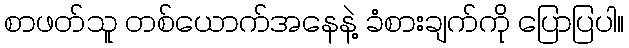
စာဖတ်သူ တစ်ယောက်အနေနဲ့ ခံစားချက်ကို ပြောပြပါ။